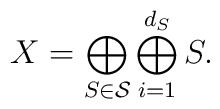
X = \bigoplus_{S \in {\cal S}} \bigoplus_{i=1}^{d_S} S.